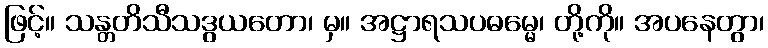
ဖြင့်။ သန္တတိသီသဒွယတော၊ မှ။ အဋ္ဌာရသပဓမ္မေ၊ တို့ကို။ အပနေတွာ၊